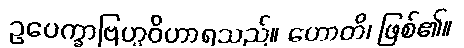
ဥပေက္ခာဗြဟ္မဝိဟာရသည်။ ဟောတိ၊ ဖြစ်၏။